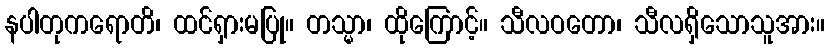
နပါတုကရောတိ၊ ထင်ရှားမပြု။ တသ္မာ၊ ထိုကြောင့်။ သီလဝတော၊ သီလရှိသောသူအား။